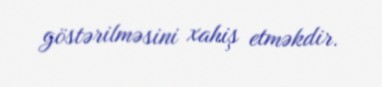
göstərilməsini xahiş etməkdir.